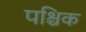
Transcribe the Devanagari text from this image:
पश्चिक